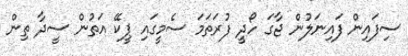
ސިފައިން ފައިނަލުން ޖާގަ ހޯދީ ފުރަތަމަ ސެމީގައި ޕީކޭ އަތުން ސީދާ ތިން